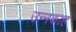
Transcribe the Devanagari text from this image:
उन्नकाह